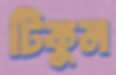
টিকুন